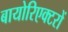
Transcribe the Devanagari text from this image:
बायोरिएक्टरों